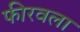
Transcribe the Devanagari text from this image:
फीरवला